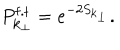
LaTeX: P _ { { \bf k } _ { \perp } } ^ { \mathrm { f . t } } = e ^ { - 2 S _ { { \bf k } _ { \perp } } } .